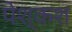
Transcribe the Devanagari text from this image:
पेश्कश